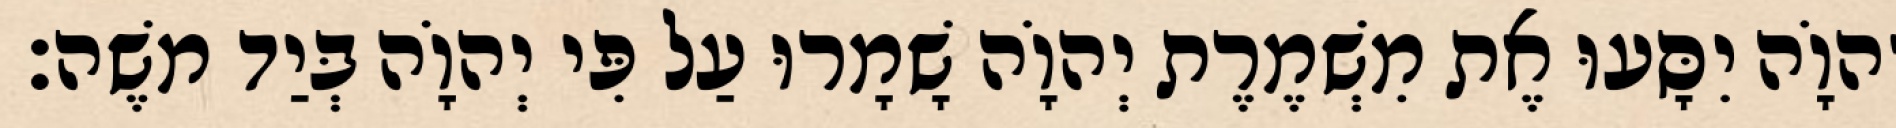
יְהוָֹה יִסָּעוּ אֶת מִשְׁמֶרֶת יְהוָֹה שָׁמָרוּ עַל פִּי יְהוָֹה בְּיַד משֶׁה׃